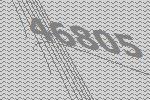
46805